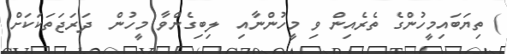
) ތިޔަބައިމީހުންގެ ތެރެއިން ވި މީހުންނާއި  ލިބިގެންވާ މީހުން  ދަރަޖަތަކަކަށް